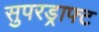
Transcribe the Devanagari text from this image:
सुपरड्राफ्ट